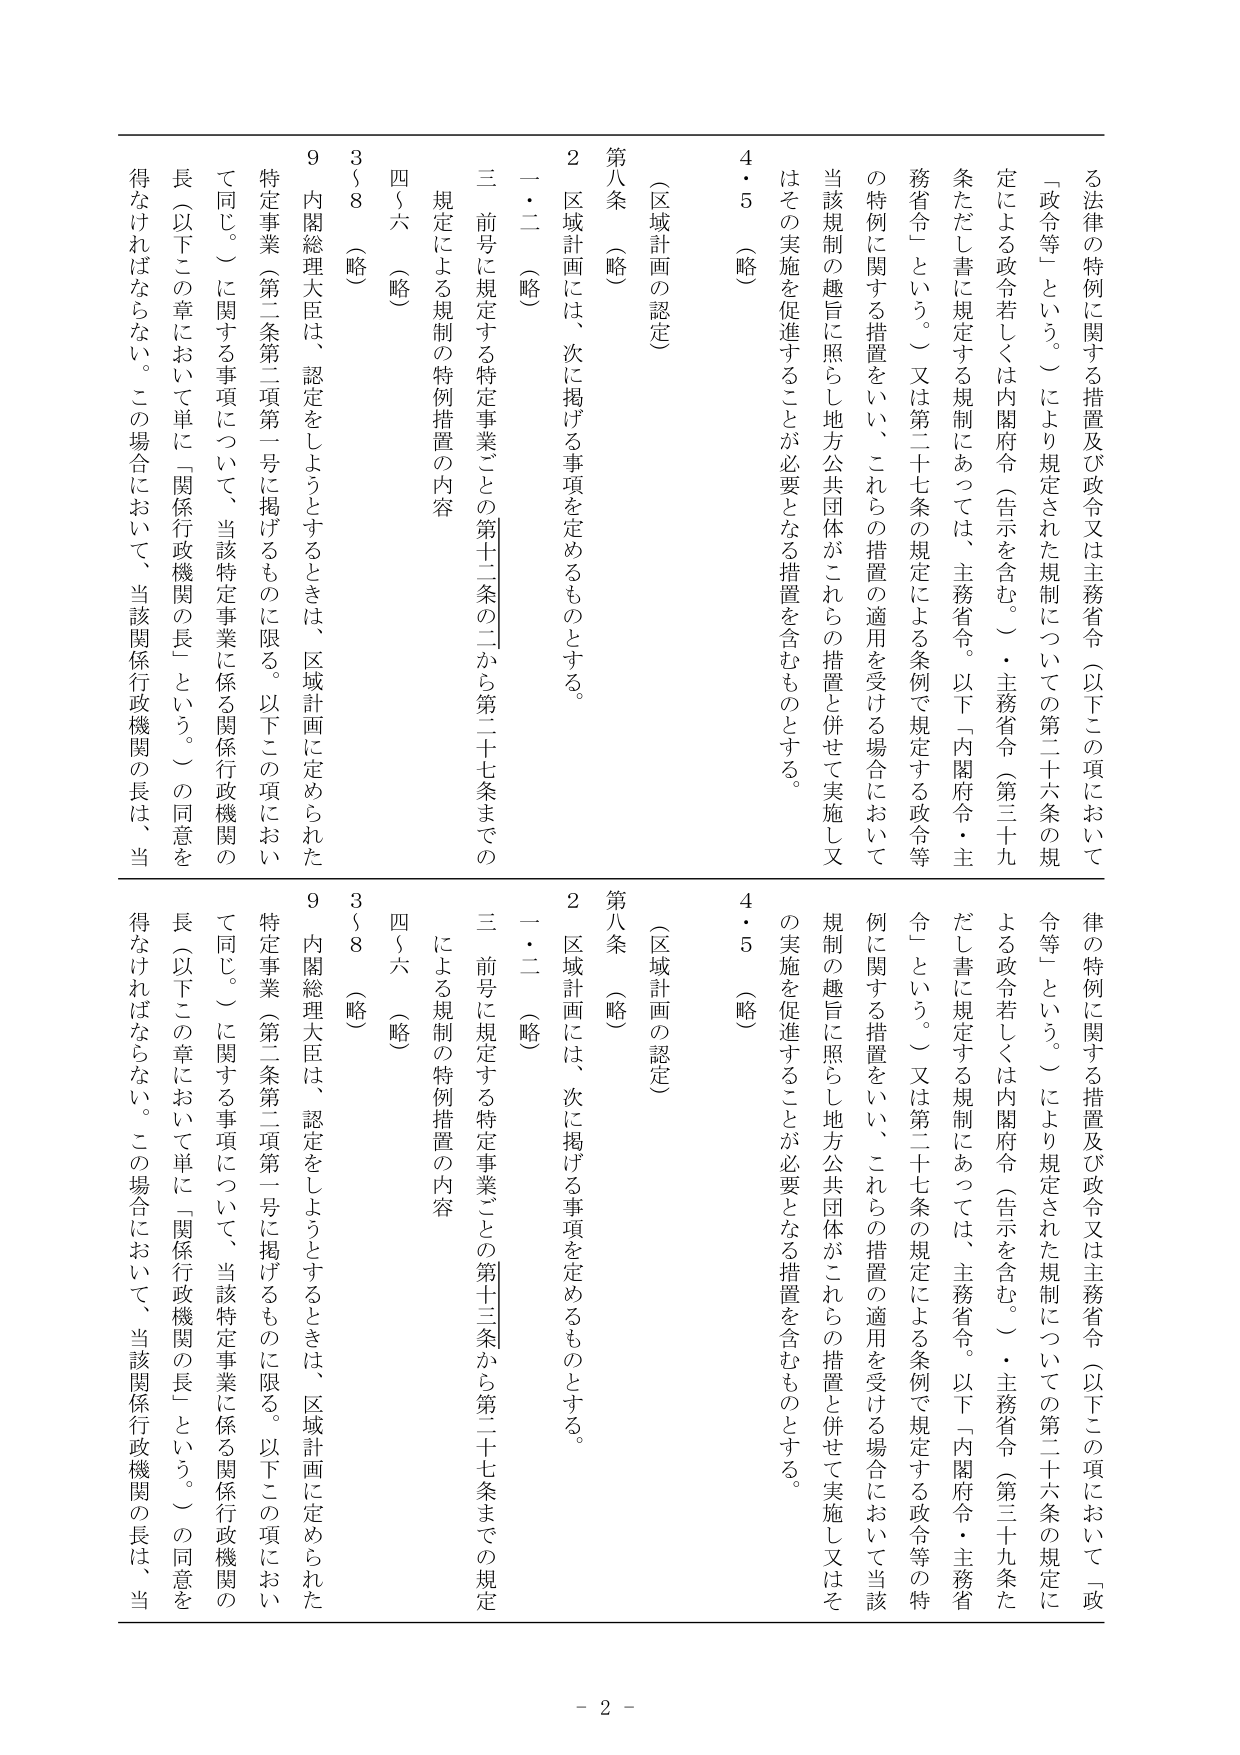
る法律の特例に関する措置及び政令又は主務省令（以下この項において「政令等」という。）により規定された規制についての第二十六条の規定による政令若しくは内閣府令（告示を含む。）・主務省令（第三十九条ただし書に規定する規制にあっては、主務省令。以下「内閣府令・主務省令」という。）又は第二十七条の規定による条例で規定する政令等の特例に関する措置をいい、これらの措置の適用を受ける場合において当該規制の趣旨に照らし地方公共団体がこれらの措置と併せて実施し又はその実施を促進することが必要となる措置を含むものとする。

4・5 （略）

（区域計画の認定）

第八条 （略）

2 区域計画には、次に掲げる事項を定めるものとする。

一・二 （略）

三 前号に規定する特定事業ごとの第十二条の二から第二十七条までの規定による規制の特例措置の内容

四～六 （略）

3～8 （略）

9 内閣総理大臣は、認定をしようとするときは、区域計画に定められた特定事業（第二条第二項第一号に掲げるるものに限る。以下この項において同じ。）に関する事項について、当該特定事業に係る関係行政機関の長（以下この章において単に「関係行政機関の長」という。）の同意を得なければならない。この場合において、当該関係行政機関の長は、当

律の特例に関する措置及び政令又は主務省令（以下この項において「政令等」という。）により規定された規制についての第二十六条の規定による政令若しくは内閣府令（告示を含む。）・主務省令（第三十九条ただし書に規定する規制にあっては、主務省令。以下「内閣府令・主務省令」という。）又は第二十七条の規定による条例で規定する政令等の特例に関する措置をいい、これらの措置の適用を受ける場合において当該規制の趣旨に照らし地方公共団体がこれらの措置と併せて実施し又はその実施を促進することが必要となる措置を含むものとする。

4・5 （略）

（区域計画の認定）

第八条 （略）

2 区域計画には、次に掲げる事項を定めるものとする。

一・二 （略）

三 前号に規定する特定事業ごとの第十三条から第二十七条までの規定による規制の特例措置の内容

四～六 （略）

3～8 （略）

9 内閣総理大臣は、認定をしようとするときは、区域計画に定められた特定事業（第二条第二項第一号に掲げるものに限る。以下この項において同じ。）に関する事項について、当該特定事業に係る関係行政機関の長（以下この章において単に「関係行政機関の長」という。）の同意を得なければならない。この場合において、当該関係行政機関の長は、当

- 2 -